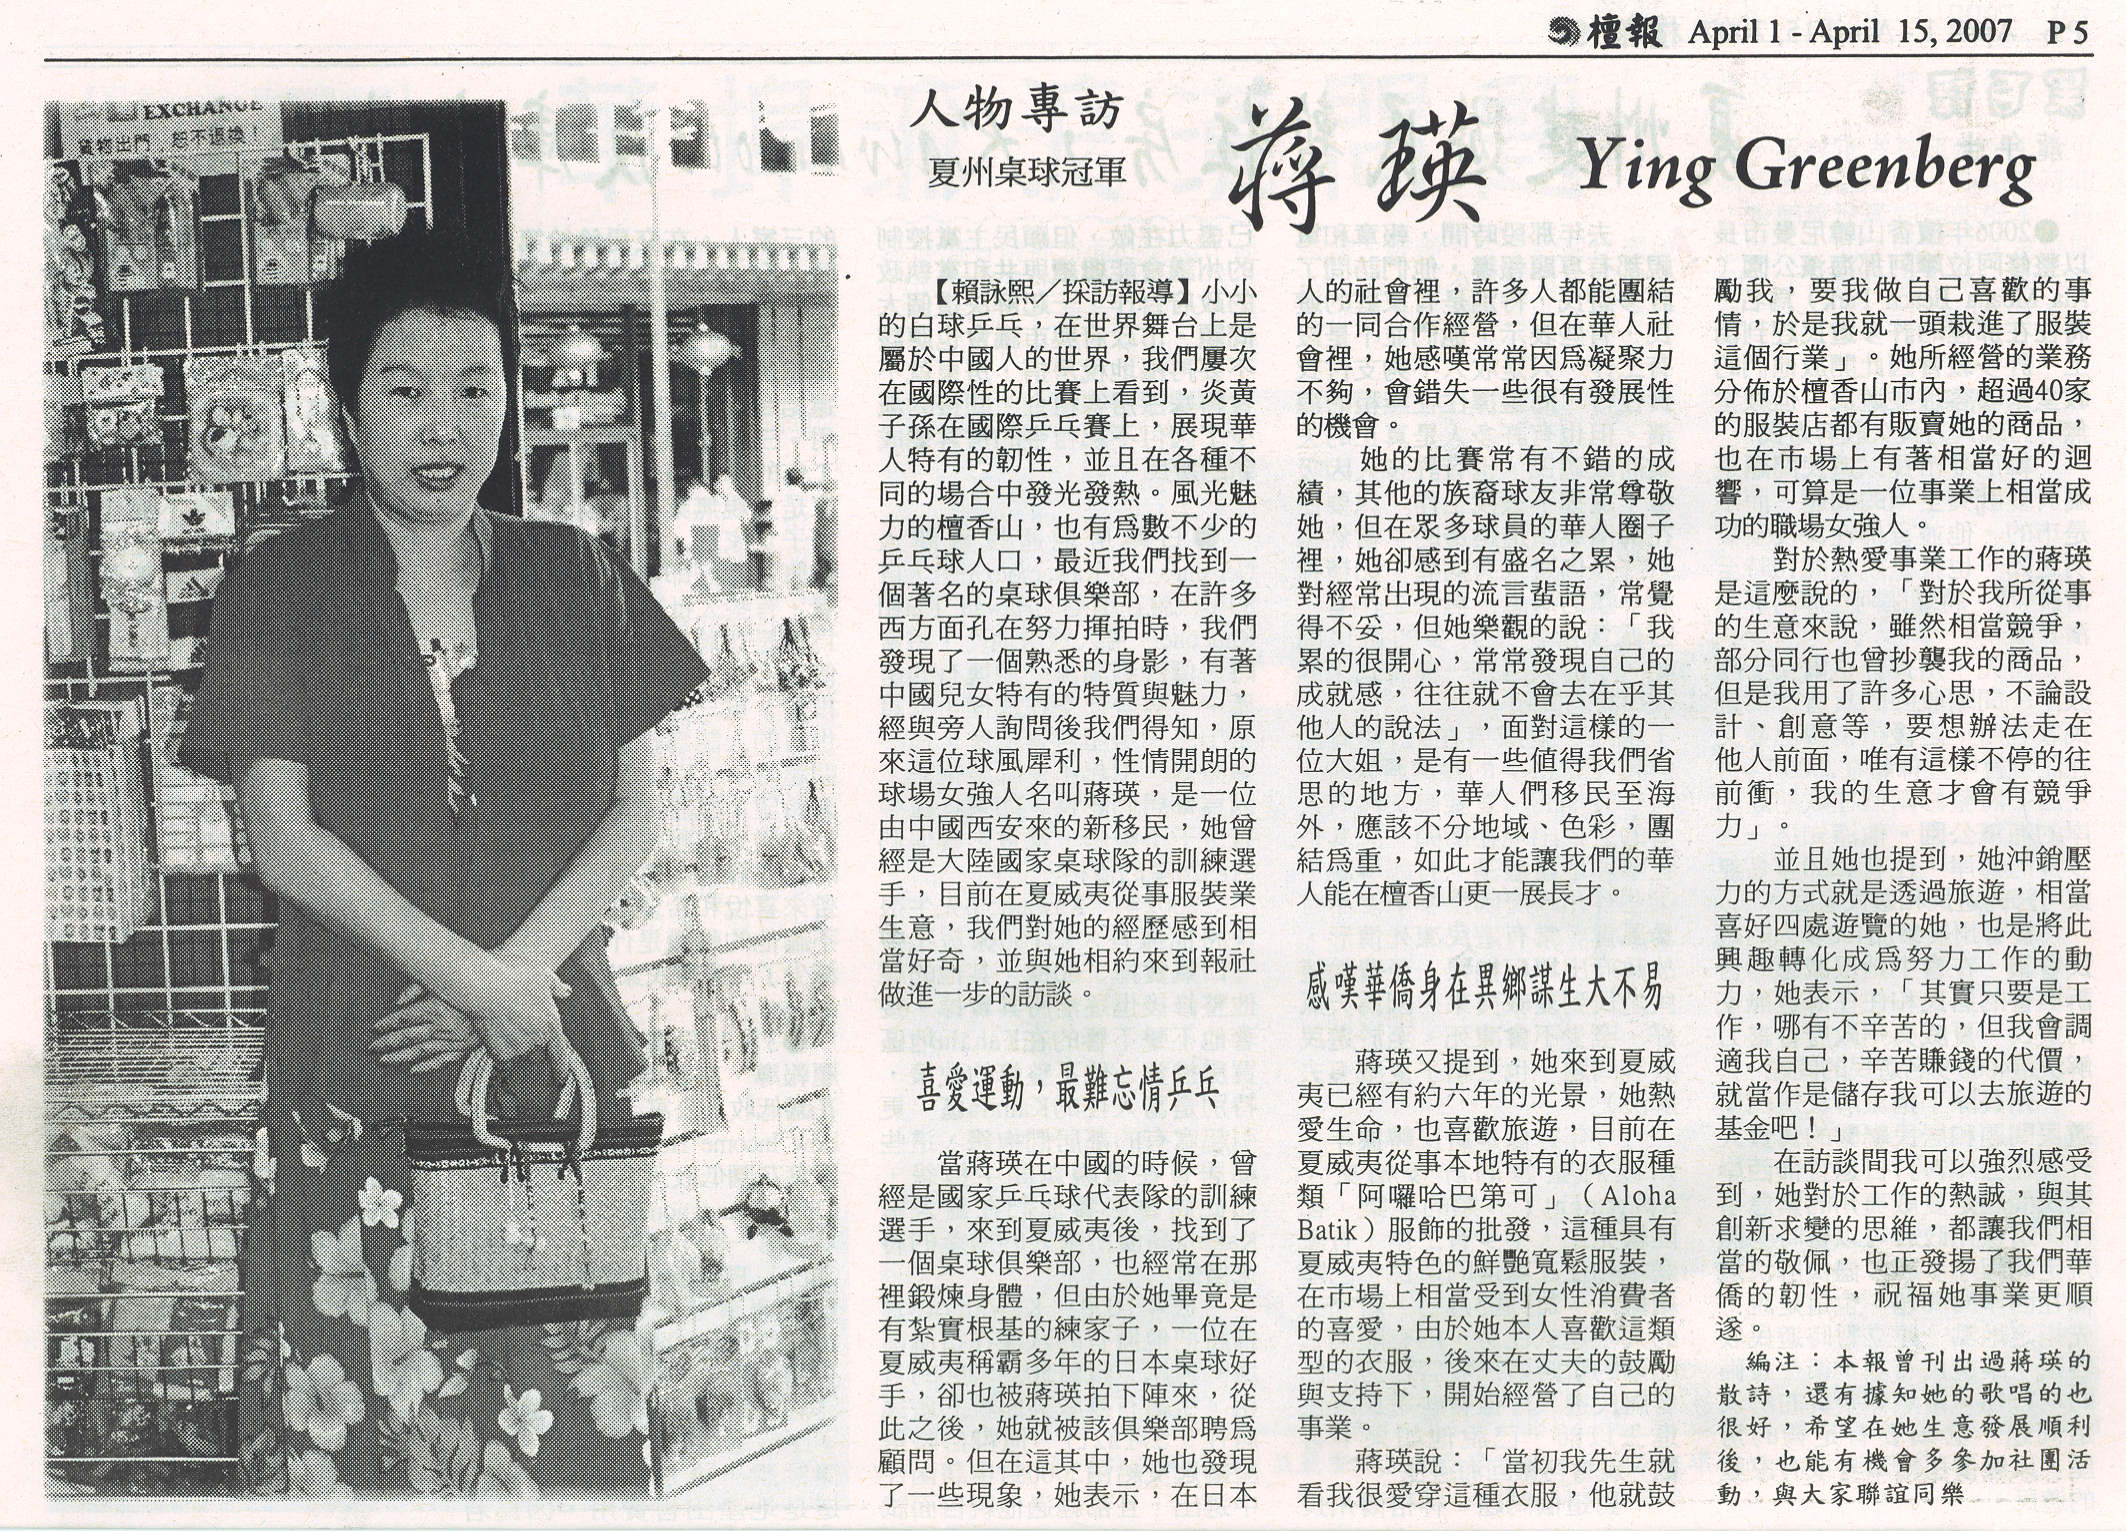
Language: zh